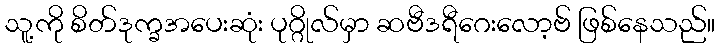
သူ့ကို စိတ်ဒုက္ခအပေးဆုံး ပုဂ္ဂိုလ်မှာ ဆဗီဒရီဂေးလော့ဗ် ဖြစ်နေသည်။